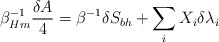
\begin{align*} \beta_{Hm}^{-1}{\delta A\over4}=\beta^{-1}\delta S_{bh}+\sum_iX_i\delta\lambda_i\end{align*}